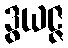
ဒွယဇ္ဇ